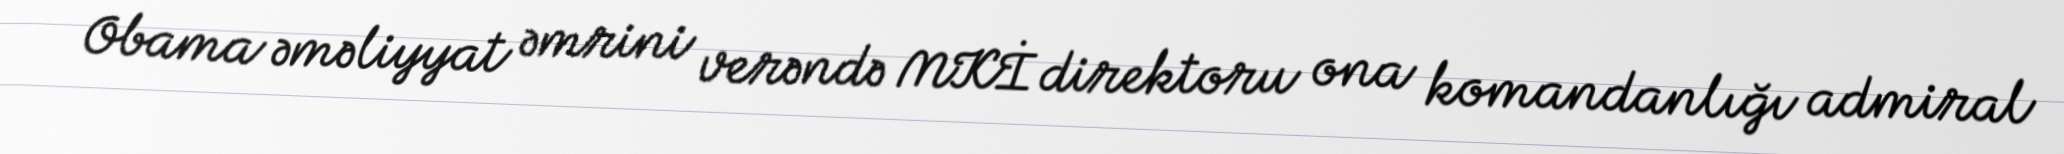
Obama əməliyyat əmrini verəndə MKİ direktoru ona komandanlığı admiral